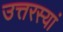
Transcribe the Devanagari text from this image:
उत्तरस्यां